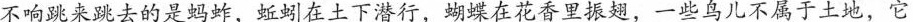
不响跳来跳去的是蚂炸，蚯蚓在土下潜行，蝴蝶在花香里振翅，一些鸟儿不属于土地，它